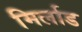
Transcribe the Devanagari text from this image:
मिर्लाड